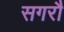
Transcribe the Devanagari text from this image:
सगरौ